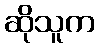
ဆိုသူက